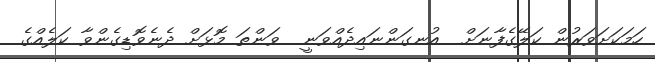
ހަމަކަށަވަރުން ކަލޭގެފާނަށް  އުނގަންނައިދެއްވަނީ  ވަންތަ މޮޅަށް ދެނެވޮޑިގެންވާ ކަލެއްގެ